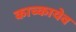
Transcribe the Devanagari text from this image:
काच्कायेव